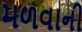
મળવાની